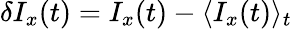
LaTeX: \delta I_{x}(t)=I_{x}(t)-\langle I_{x}(t)\rangle_{t}